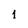
Character: 1